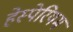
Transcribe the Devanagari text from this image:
हेस्पेरियम